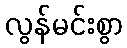
လွန်မင်းစွာ